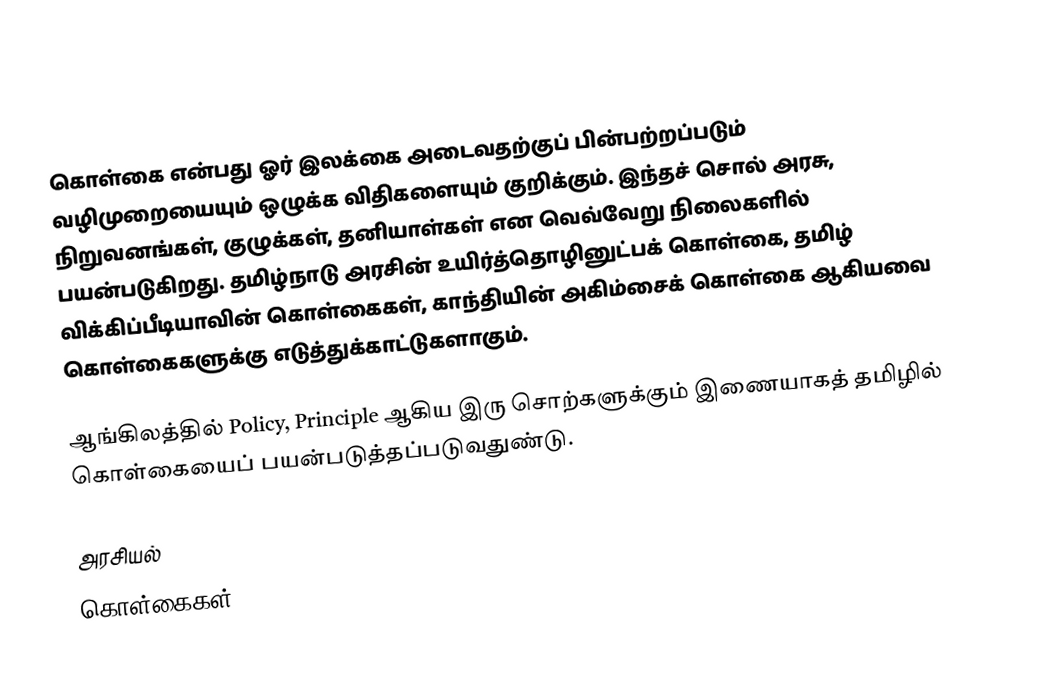
கொள்கை என்பது ஓர் இலக்கை அடைவதற்குப் பின்பற்றப்படும் வழிமுறையையும் ஒழுக்க விதிகளையும் குறிக்கும். இந்தச் சொல் அரசு, நிறுவனங்கள், குழுக்கள், தனியாள்கள் என வெவ்வேறு நிலைகளில் பயன்படுகிறது.  தமிழ்நாடு அரசின் உயிர்த்தொழினுட்பக் கொள்கை, தமிழ் விக்கிப்பீடியாவின் கொள்கைகள், காந்தியின் அகிம்சைக் கொள்கை ஆகியவை கொள்கைகளுக்கு எடுத்துக்காட்டுகளாகும்.

ஆங்கிலத்தில் Policy, Principle ஆகிய இரு சொற்களுக்கும் இணையாகத் தமிழில் கொள்கையைப் பயன்படுத்தப்படுவதுண்டு.

 அரசியல்
கொள்கைகள்